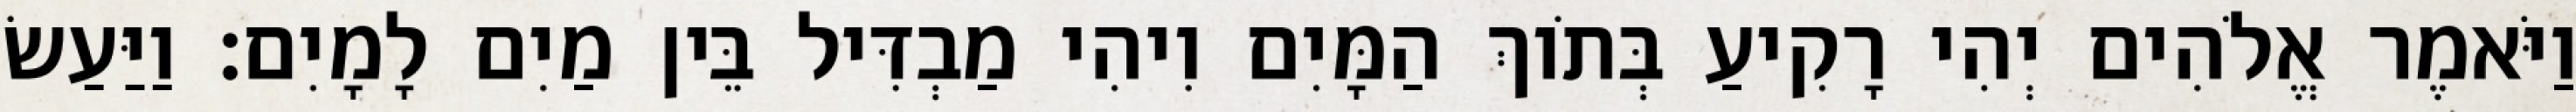
וַיֹּאמֶר אֱלֹהִים יְהִי רָקִיעַ בְּתֹוךְ הַמָּיִם וִיהִי מַבְדִּיל בֵּין מַיִם לָמָיִם׃ וַיַּעַשׂ